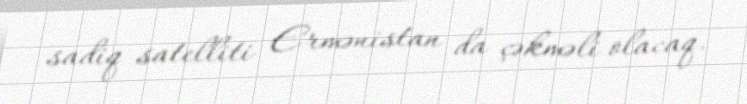
sadiq satelliti Ermənistan da çəkməli olacaq.